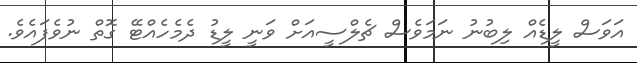
އަވަސް ލީޑެއް ލިބުނު ނަމަވެސް ޗެލްސީއަށް ވަނީ ލީޑު ދެމެހެއްޓޭ ގޮތް ނުވެފައެވެ.